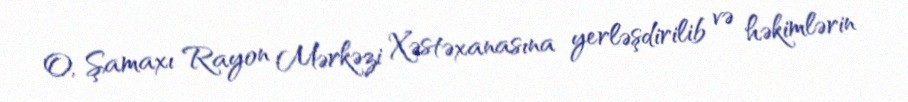
O, Şamaxı Rayon Mərkəzi Xəstəxanasına yerləşdirilib və həkimlərin